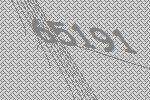
65191